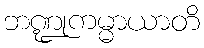
ဘဏ္ဍုကမ္မာယာတိ